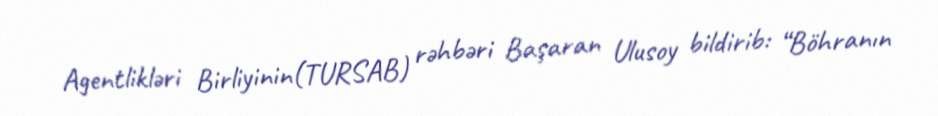
Agentlikləri Birliyinin(TURSAB) rəhbəri Başaran Ulusoy bildirib: “Böhranın